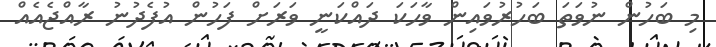
މި ބަހުން ނުވަތަ ބަހުރުވައިން ވާހަކަ ދައްކަނީ ވަރަށް ފަހުން އުފެދުނު ރާއްޖެއެއް